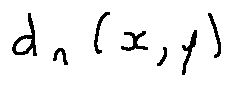
d _ { n } ( x , y )